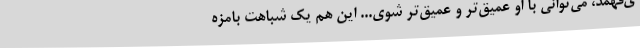
ی‌فهمد، می‌توانی با او عمیق‌تر و عمیق‌تر شوی... این هم یک شباهت بامزه